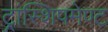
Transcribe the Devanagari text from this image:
ट्रांस्शिपमेण्ट